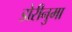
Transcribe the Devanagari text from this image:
डोरीनुमा